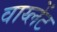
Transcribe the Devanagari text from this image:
वाय्लेंट